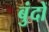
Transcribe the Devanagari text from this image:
बुंदों